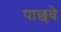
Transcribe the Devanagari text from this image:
पाछवे